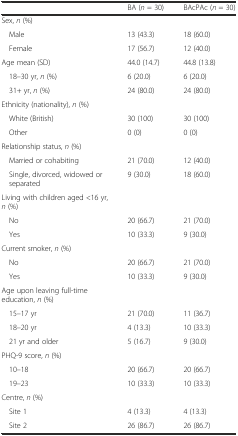
<table><thead><tr><td></td><td><b>BA (<i>n</i> = 30)</b></td><td><b>BAcPAc (<i>n</i> = 30)</b></td></tr></thead><tbody><tr><td>Sex, <i>n</i> (%)</td><td></td><td></td></tr><tr><td>Male</td><td>13 (43.3)</td><td>18 (60.0)</td></tr><tr><td>Female</td><td>17 (56.7)</td><td>12 (40.0)</td></tr><tr><td>Age mean (SD)</td><td>44.0 (14.7)</td><td>44.8 (13.8)</td></tr><tr><td>18–30 yr, <i>n</i> (%)</td><td>6 (20.0)</td><td>6 (20.0)</td></tr><tr><td>31+ yr, <i>n</i> (%)</td><td>24 (80.0)</td><td>24 (80.0)</td></tr><tr><td>Ethnicity (nationality), <i>n</i> (%)</td><td></td><td></td></tr><tr><td>White (British)</td><td>30 (100)</td><td>30 (100)</td></tr><tr><td>Other</td><td>0 (0)</td><td>0 (0)</td></tr><tr><td>Relationship status, <i>n</i> (%)</td><td></td><td></td></tr><tr><td>Married or cohabiting</td><td>21 (70.0)</td><td>12 (40.0)</td></tr><tr><td>Single, divorced, widowed or separated</td><td>9 (30.0)</td><td>18 (60.0)</td></tr><tr><td>Living with children aged &lt;16 yr, <i>n</i> (%)</td><td></td><td></td></tr><tr><td>No</td><td>20 (66.7)</td><td>21 (70.0)</td></tr><tr><td>Yes</td><td>10 (33.3)</td><td>9 (30.0)</td></tr><tr><td>Current smoker, <i>n</i> (%)</td><td></td><td></td></tr><tr><td>No</td><td>20 (66.7)</td><td>21 (70.0)</td></tr><tr><td>Yes</td><td>10 (33.3)</td><td>9 (30.0)</td></tr><tr><td>Age upon leaving full-time education, <i>n</i> (%)</td><td></td><td></td></tr><tr><td>15–17 yr</td><td>21 (70.0)</td><td>11 (36.7)</td></tr><tr><td>18–20 yr</td><td>4 (13.3)</td><td>10 (33.3)</td></tr><tr><td>21 yr and older</td><td>5 (16.7)</td><td>9 (30.0)</td></tr><tr><td>PHQ-9 score, <i>n</i> (%)</td><td></td><td></td></tr><tr><td>10–18</td><td>20 (66.7)</td><td>20 (66.7)</td></tr><tr><td>19–23</td><td>10 (33.3)</td><td>10 (33.3)</td></tr><tr><td>Centre, <i>n</i> (%)</td><td></td><td></td></tr><tr><td>Site 1</td><td>4 (13.3)</td><td>4 (13.3)</td></tr><tr><td>Site 2</td><td>26 (86.7)</td><td>26 (86.7)</td></tr></tbody></table>